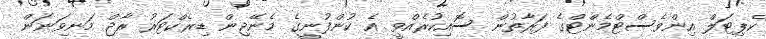
ކެޕިޓަލް އިންވެސްޓްމެންޓްގެ ފަރާތުން ސޮއިކުރެއްވީ އެ ކުންފުނީގެ މެނޭޖިން ޑިރެކްޓަރު ރާޖް މަނިވަނަން